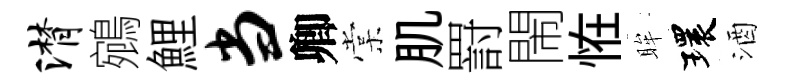
潸鵷鯉当卿棠肌罸閙恠眸環酒